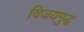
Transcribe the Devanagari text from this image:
विजयमुद्ध